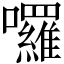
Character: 囉